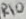
Text: R10